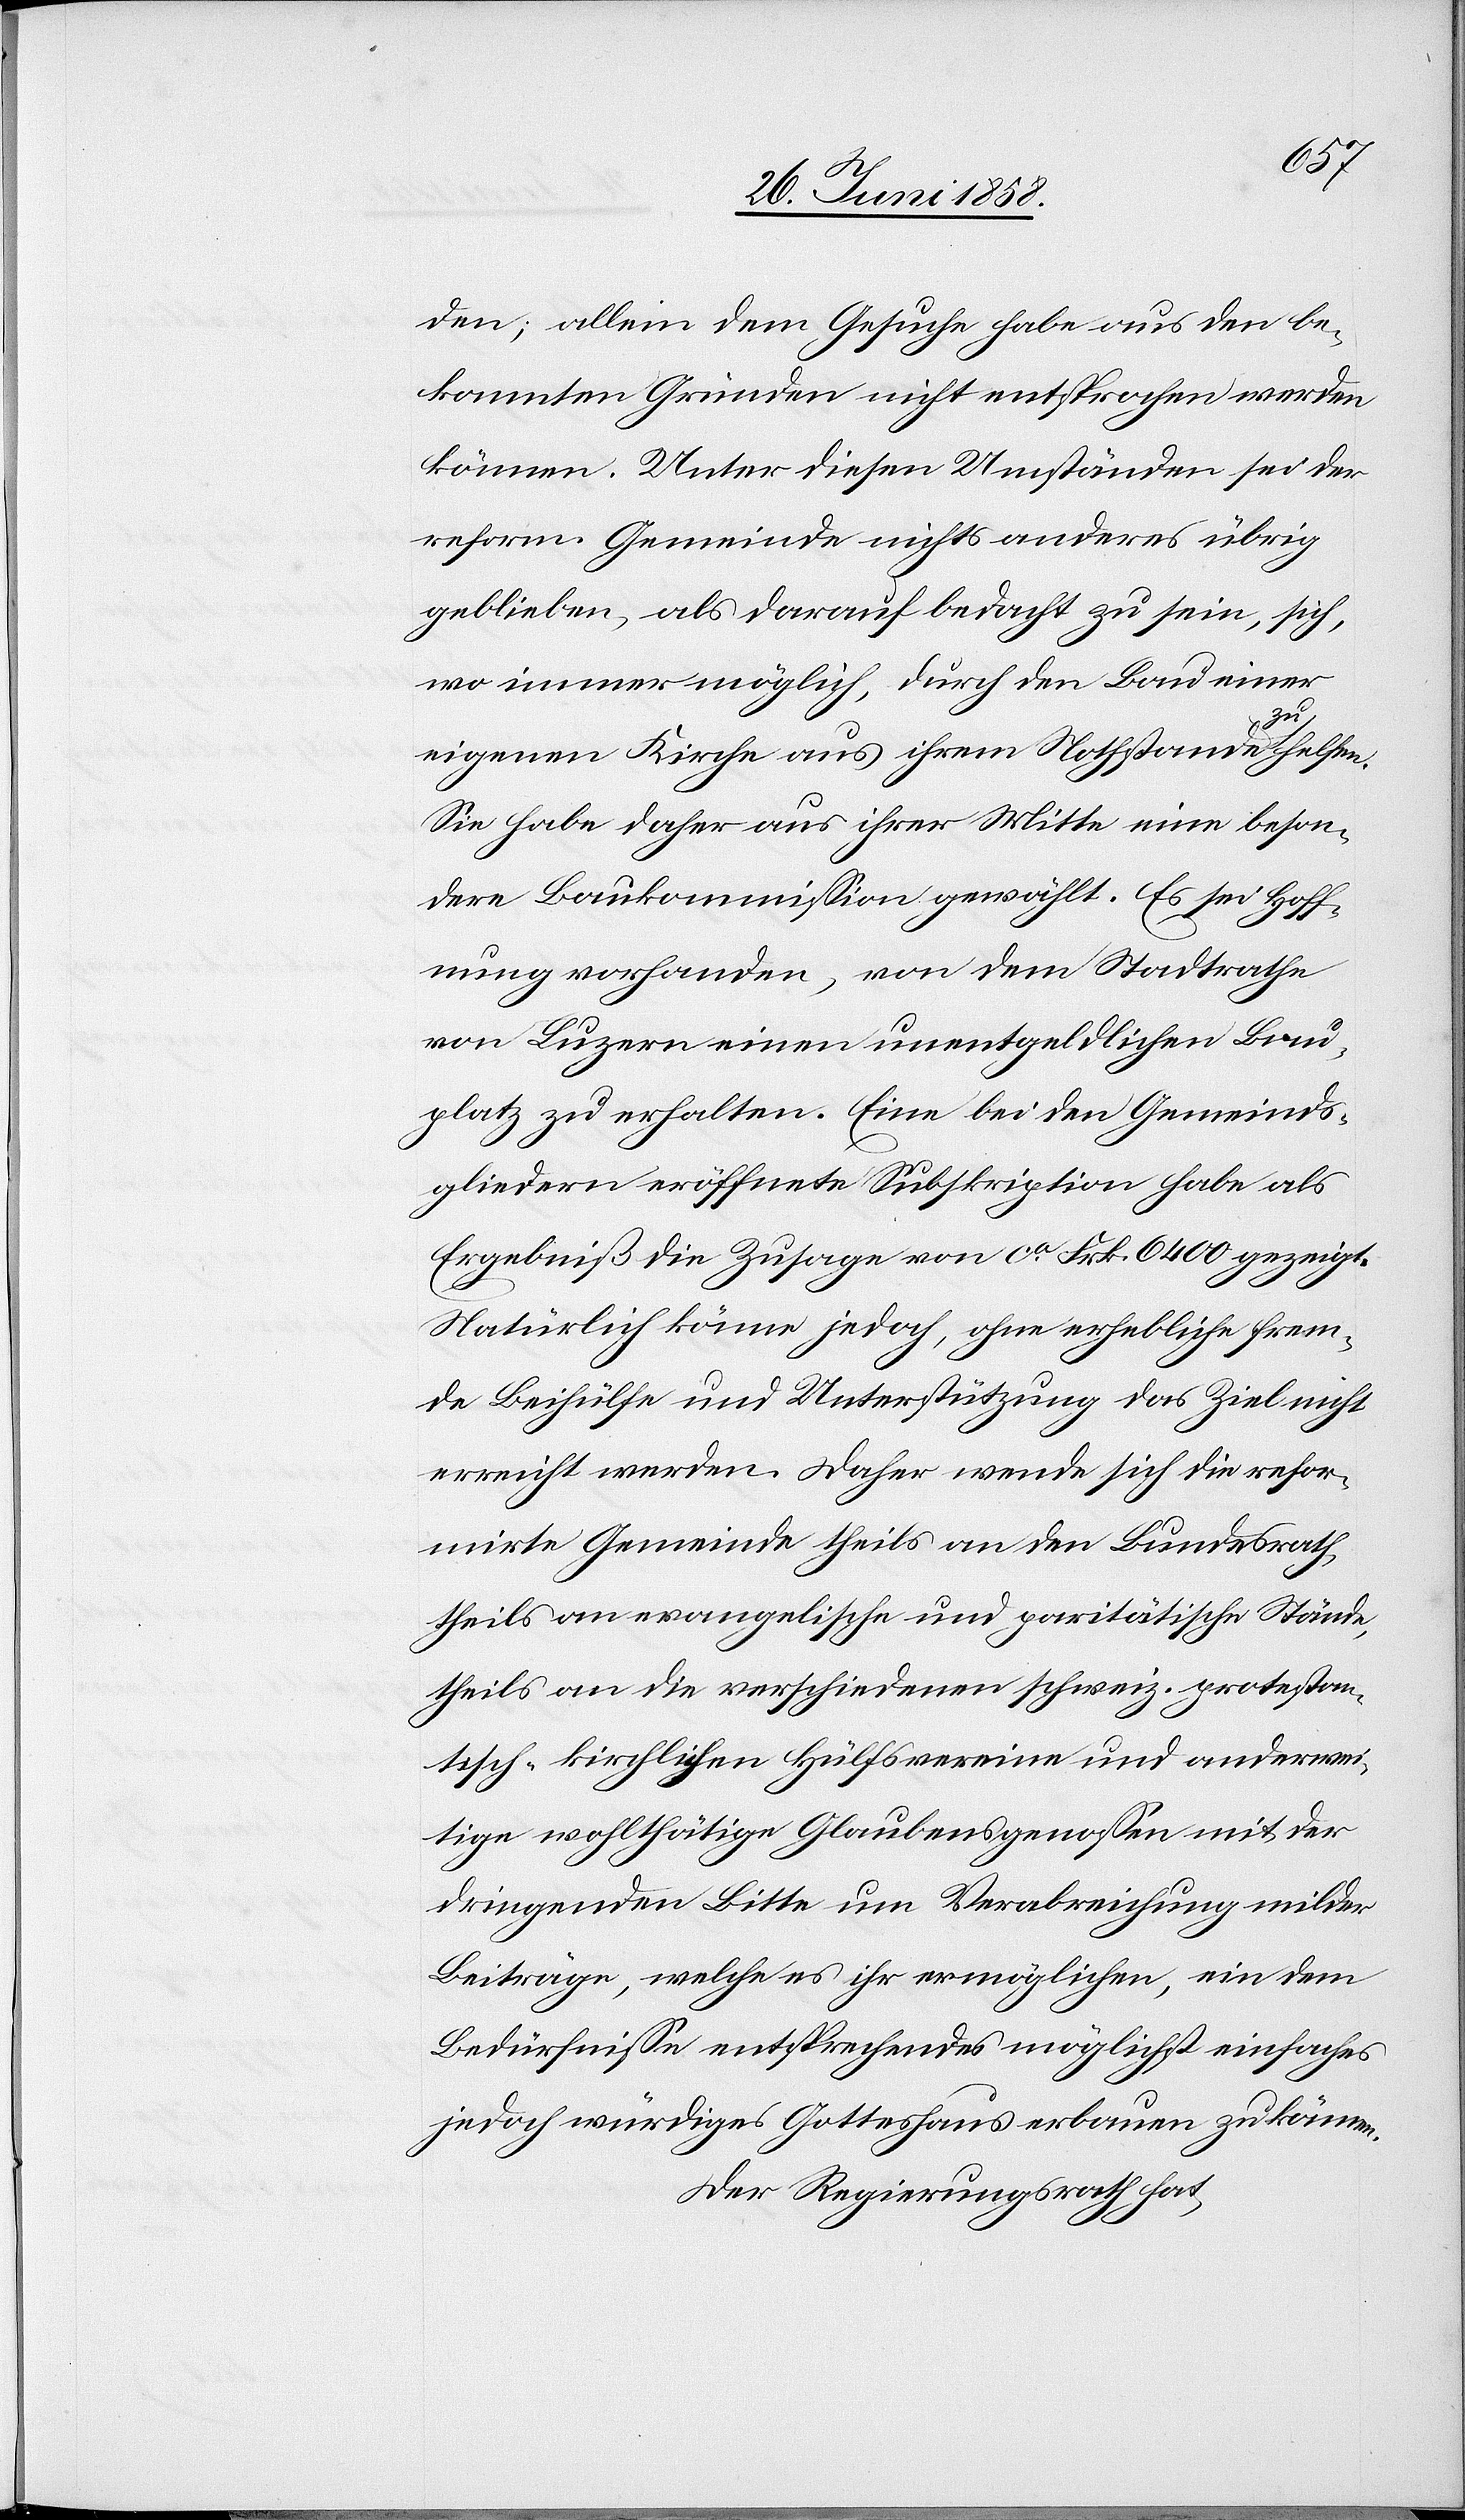
den; allein dem Gesuche habe aus den be¬
kannten Gründen nicht entsprochen werden
können. Unter diesen Umständen sei der
reform. Gemeinde nichts anderes übrig
geblieben, als darauf bedacht zu sein, sich,
wo immer möglich, durch den Bau einer
eigenen Kirche aus ihrem Nothstande zu helfen.
Sie habe daher aus ihrer Mitte eine beson¬
dere Baukommission gewählt. Es sei Hoff¬
nung vorhanden, von dem Stadtrathe
von Luzern einen unentgeldlichen Bau¬
platz zu erhalten. Eine bei den Gemeinds¬
gliedern eröffnete Subskription habe als
Ergebniß die Zusage von ca Frk. 6400 gezeigt.
Natürlich könne jedoch, ohne erhebliche frem¬
de Beihülfe und Unterstützung das Ziel nicht
erreicht werden. Daher wende sich die refor¬
mirte Gemeinde theils an den Bundesrath,
theils an evangelische und paritätische Stände,
theils an die verschiedenen schweiz. protestan¬
tisch-kirchlichen Hülfsvereine und anderwei¬
tige wohlthätige Glaubensgenossen mit der
dringenden Bitte um Verabreichung milder
Beiträge, welche es ihr ermöglichen, ein dem
Bedürfnisse entsprechendes möglichst einfaches
jedoch würdiges Gotteshaus erbauen zu können.
Der Regierungsrath hat,